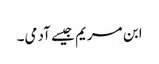
ابن مریم جیسے آدمی۔